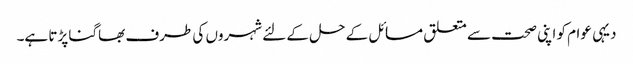
دیہی عوام کو اپنی صحت سے متعلق مسائل کے حل کے لئے شہروں کی طرف بھاگنا پڑتا ہے۔